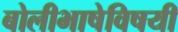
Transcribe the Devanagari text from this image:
बोलीभाषेविषयी